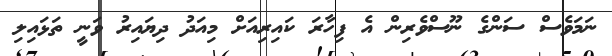
ނަމަވެސް ސަންގެ ނޫސްވެރިން އެ ފިހާރަ ކައިރިއަށް މިއަދު ދިޔައިރު ވަނީ ތަޅައިލި